NAE_ERA_R-2362_Emakeele_Selts, lk 89
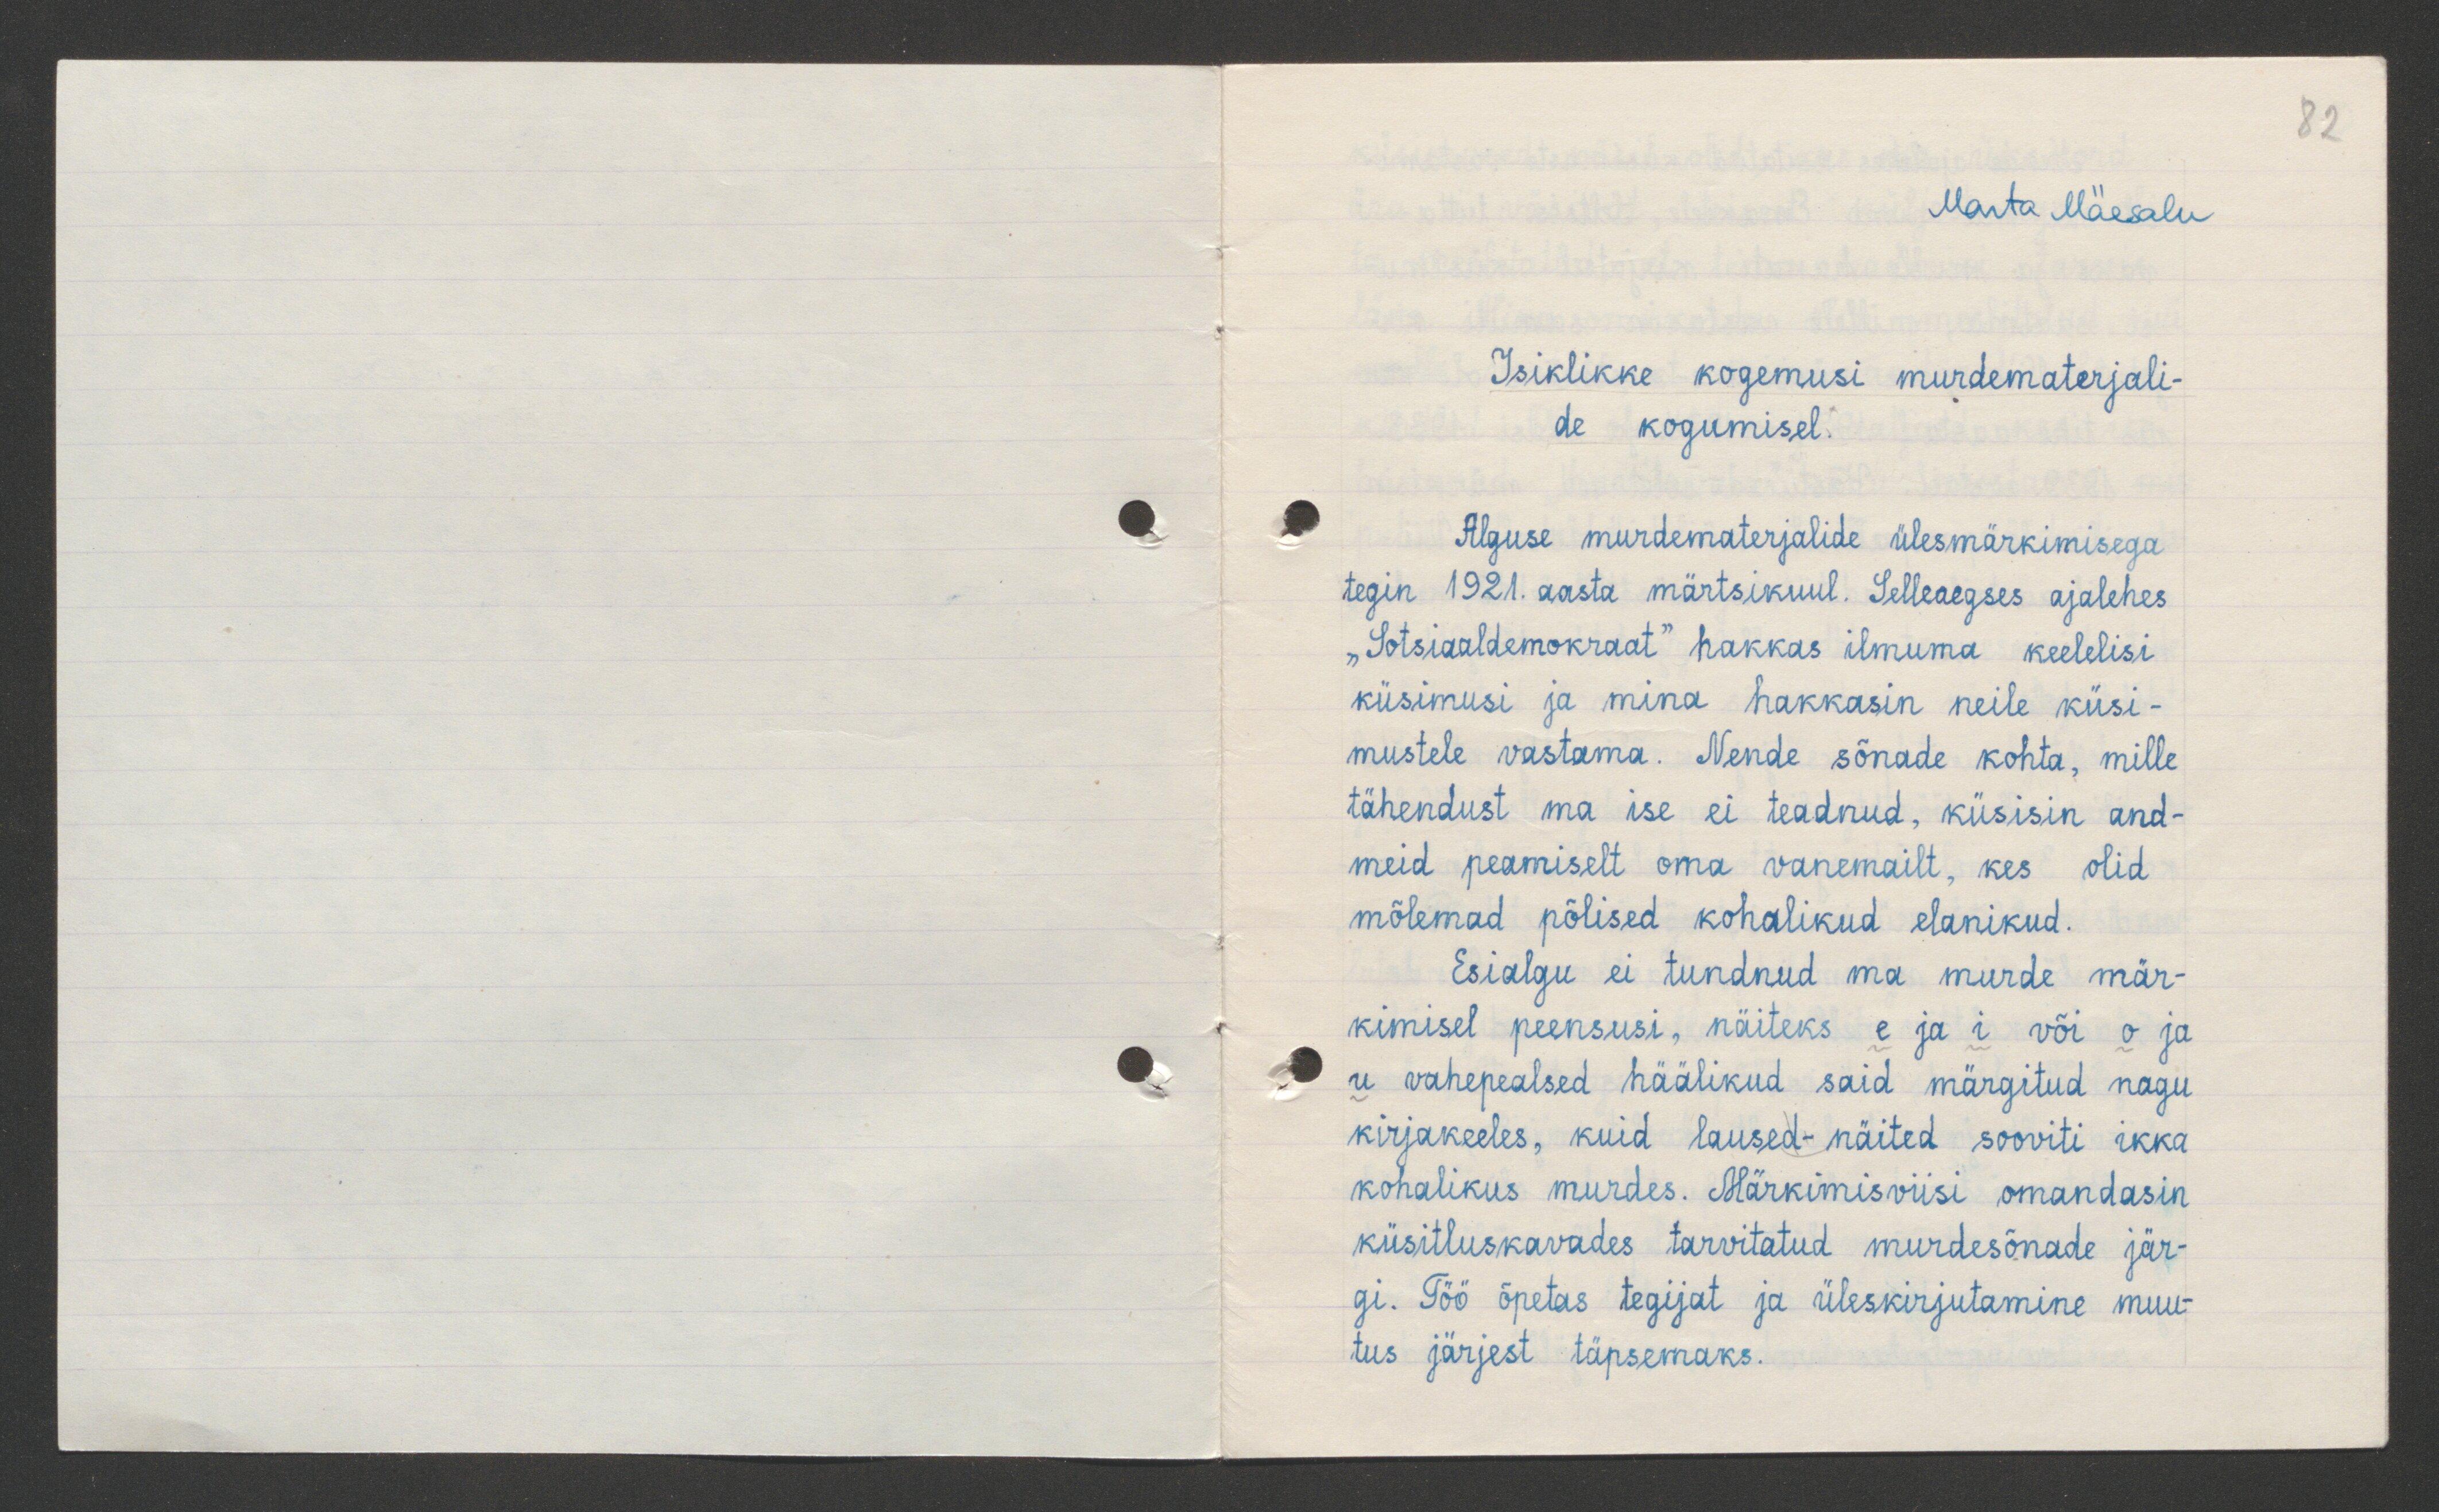
82

Marta Mäesalu
Isiklikke kogemusi murdematerjali-
de kogumisel.
Alguse murdematerjalide ülesmärkimisega
tegin 1921. aasta märtsikuul. Selleaegses ajalehes
„Sotsiaaldemokraat“ hakkas ilmuma keelelisi
küsimusi ja mina hakkasin neile küsi-
mustele vastama. Nende sõnade kohta, mille
tähendust ma ise ei teadnud, küsisin and-
meid peamiselt oma vanemailt, kes olid
mõlemad põlised kohalikud elanikud.
Esialgu ei tundnud ma murde mär-
kimisel peensusi, näiteks e ja i või o ja
u vahepealsed häälikud said märgitud nagu
kirjakeeles, kuid laused - näited sooviti ikka
kohalikus murdes. Märkimisviisi omandasin
küsitluskavades tarvitatud murdesõnade jär-
gi. Töö õpetas tegijat ja üleskirjutamine muu-
tus järjest täpsemaks.